Annual report of the Punjab Veterinary College and of the Civil Veterinary Department, Punjab - 1926-1932
Year: 1926
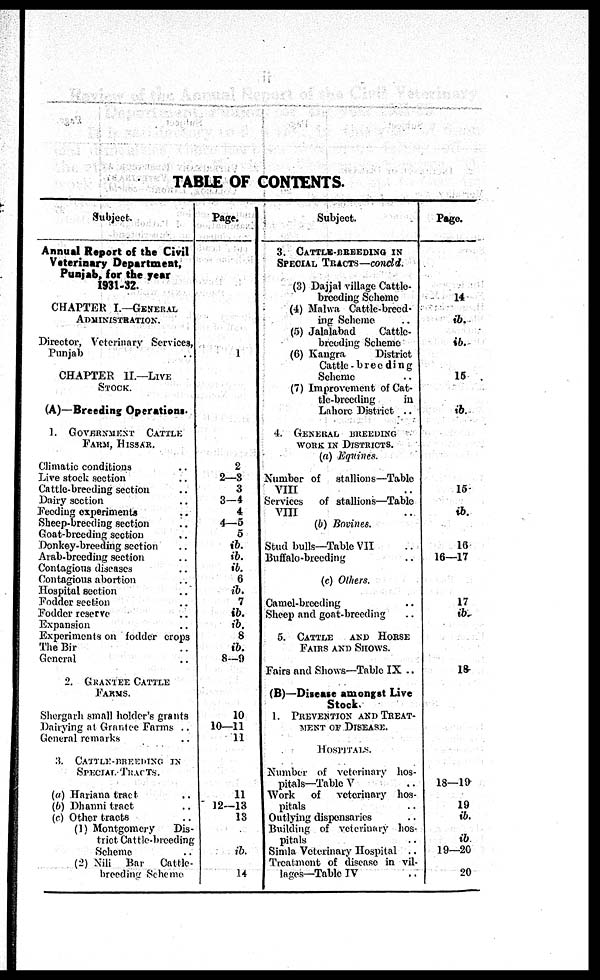
TABLE OF CONTENTS.
Subject.
Annual Report of the Civil
Veterinary Department,
Punjab, for the year
1931-32.
CHAPTER I.—GENERAL
ADMINISTRATION.
Director, Veterinary Services,
Punjab
CHAPTER
II.—LIVE
STOCK.
(A)—Breeding Operations.
1.
GOVERNMENT CATTLE
FARM HISSAR
Climatic conditions ..
Live stock section ..
Cattle-breeding section ..
Dairy section ..
Feeding experiments ..
Sheep-breeding section ..
Coat-breeding section ..
Donkey-breeding section ..
Arab-breeding section ..
Contagious diseases. ..
Contagious abortion ..
Hospital section ..
Fodder section ..
Fodder reserve ..
Expansion ..
Experiments on fodder crops
The Bir ..
General ..
2. GRANTEE CATTLE
FARMS.
Shergarh small holder's grants
Dairying at Grantee Farms ..
General remarks ..
3.
CATTLE BREEDING IN
SPECIAL TRACTS.
(a) Hariana tract ..
(b) Dhanni tract ..
(c) Other tracts ..
(1) Montgomery
Dis-
triet Cattle-breeding
Scheme ..
(2)
Nili
Bar
Cattle-
breeding Scheme
Page.
1
2
2—3
3
3—4
4
4—5
5
ib.
ib.
ib.
6
ib.
7
ib.
ib.
8
ib.
8—9
10
10—11
11
11
12—13
13
ib.
14
Subject.
3. CATTLE BREEDING IN
SPECIAL
TRACTS—concld.
(3) Dajjal village Cattle-
breeding Scheme
(1) Malwa Cattle-breed-
ing Scheme ..
(5) Jalalabad
Cattle-
breeding Scheme
(6) Kangra
District
Cattle-breeding
Scheme
(7) Improvement of Cat-
tle-breeding
in
Lahore District
..
4. GENERAL BREEDING
WORK IN DISTRICTS.
(a)
Equines.
Number of
stallion—Table
VIII ..
Services
of stallions—Table
VIII ..
(b) Bovines.
Stud bulls—Table VII ..
Buffalo-breeding ..
(c) Others.
Camel-breeding ..
Sheep and goat-breeding ..
5. CATTLE AND HORSE
FAIRS AND SHOWS.
Fairs and Shows—Table IX ..
(B)—Disease amongst Live
Stock.
1.
PREVENTION
TREAT-
MENT OF DISEASE
HOSPITAL
Number of veterinary hos-
pitals—Table V ..
Work
of
veterinary
hos-
pitals ..
Outlying dispensaries ..
Building of veterinary hos-
pitals ..
Simla Veterinary Hospital
..
Treatment of disease in vil-
lages-Table IV ..
Page.
14
ib.
ib.
15
ib.
15
ib.
16
16—17
17
ib.
18
18—19
19
ib.
ib
19—20
20